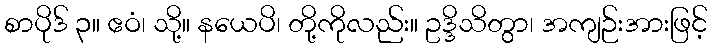
စာပိုဒ် ၃။ ဧဝံ၊ သို့။ နယေပိ၊ တို့ကိုလည်း။ ဥဒ္ဒိသိတွာ၊ အကျဉ်းအားဖြင့်